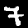
Digit: 7